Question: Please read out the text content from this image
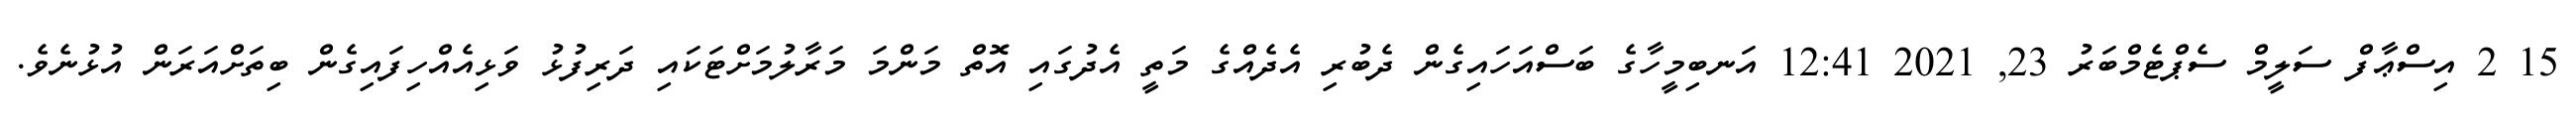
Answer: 15 2 އިސްޢާފް ސަލީމް ސެޕްޓެމްބަރު 23, 2021 12:41 އަނބިމީހާގެ ބަސްއަހައިގެން ދެބުރި އެދެއްގެ މަތީ އެދުގައި އޮތް މަންމަ މަރާލުމަށްޓަކައި ދަރިފުޅު ވަޅިއެއްހިފައިގެން ބިތަށްއަރަން އުޅުނެވެ.